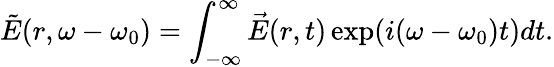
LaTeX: \tilde{E}(r,\omega-\omega_{0})=\int_{-\infty}^{\infty}\vec{E}(r,t)\exp(i(\omega-\omega_{0})t)dt.